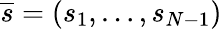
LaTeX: \overline{{s}}=(s_{1},\ldots,s_{N-1})